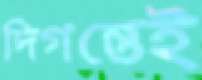
দিগন্তেই